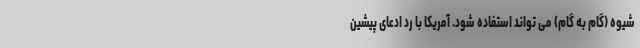
شیوه (گام به گام) می تواند استفاده شود. آمریکا با رد ادعای پیشین